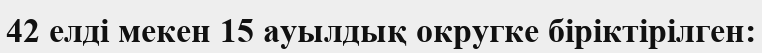
42 елді мекен 15 ауылдық округке біріктірілген: